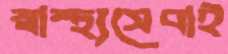
স্বাস্থ্যসেবাই